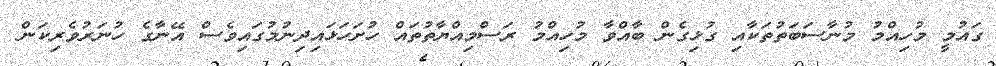
ގައުމީ މުހިއްމު މުނާސަބަތުތަކާއި ގުޅިގެން ބާއްވާ މުހިއްމު ރަސްމިއްޔާތުތައް ހުށަހަޅައިދިނުމުގައިވެސް އޭނާގެ ހުނަރުވެރިކަން